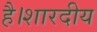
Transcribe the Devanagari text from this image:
है।शारदीय